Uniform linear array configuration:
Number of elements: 48
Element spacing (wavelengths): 0.5
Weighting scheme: kaiser
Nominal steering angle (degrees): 15
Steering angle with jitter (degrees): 13.418
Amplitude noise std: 0.05
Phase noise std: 0.05

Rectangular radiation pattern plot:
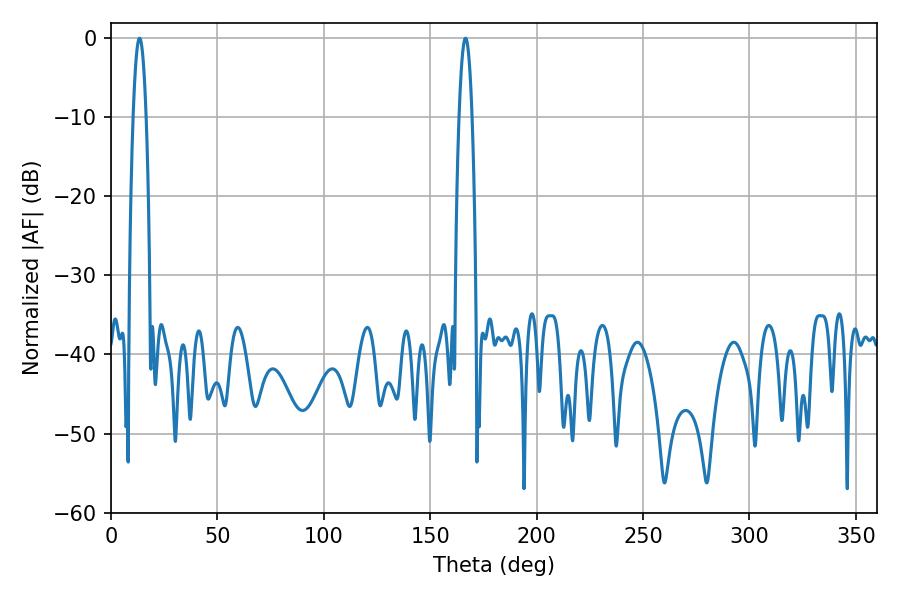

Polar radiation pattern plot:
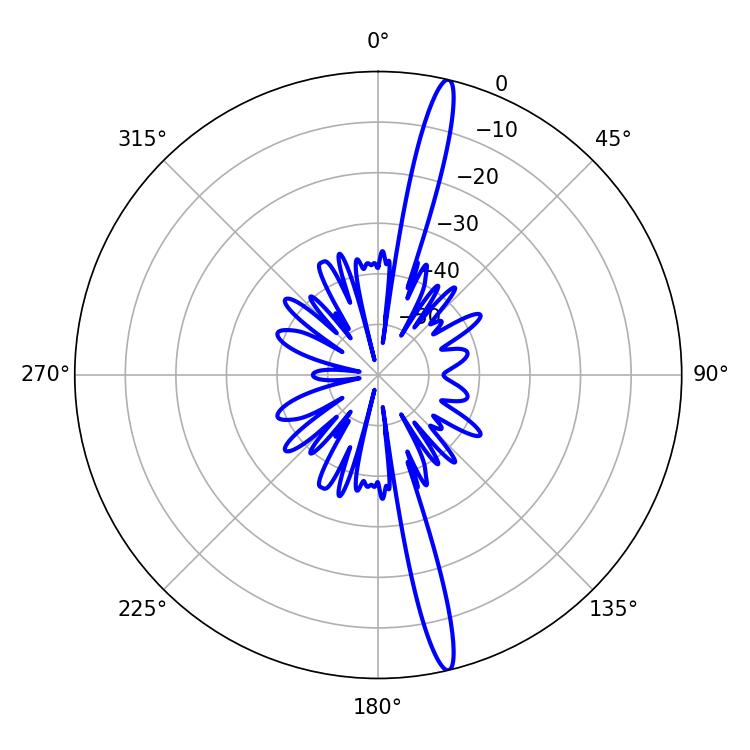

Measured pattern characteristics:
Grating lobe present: FALSE
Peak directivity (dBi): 18.299
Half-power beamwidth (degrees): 3.42
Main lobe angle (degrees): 13.5